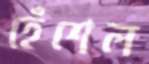
হেঁশেল